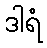
ဒါရံ